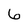
Character: 6